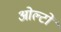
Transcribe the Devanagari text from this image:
ओल्टों